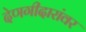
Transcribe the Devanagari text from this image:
देणगीदारांवर